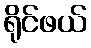
ရိုင်ဖယ်